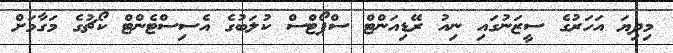
މިދިޔަ އަހަރުގެ ސީޒަނުގައި ނިއު ރޭޑިއަންޓް ސްޕޯޓްސް ކުލަބުގެ އެސިސްޓެންޓް ކޯޗުގެ މަގާމަށް